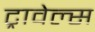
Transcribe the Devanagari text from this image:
ट्रावेल्स